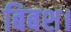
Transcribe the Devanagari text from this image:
बिबश।